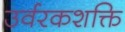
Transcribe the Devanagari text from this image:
उर्वरकशक्ति